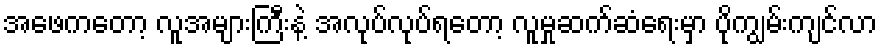
အဖေကတော့ လူအများကြီးနဲ့ အလုပ်လုပ်ရတော့ လူမှုဆက်ဆံရေးမှာ ပိုကျွမ်းကျင်လာ